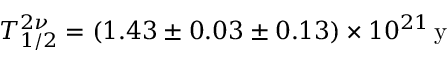
T _ { 1 / 2 } ^ { 2 \nu } = ( 1 . 4 3 \pm 0 . 0 3 \pm 0 . 1 3 ) \times { 1 0 ^ { 2 1 } } \, \mathrm { y }